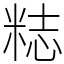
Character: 𥺃